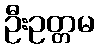
ဦးဥတ္တမ